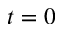
t = 0